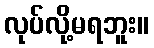
လုပ်လို့မရဘူး။